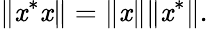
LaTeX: \| \mathit{x}^{*}\mathit{x}\| =\| \mathit{x}\| \| \mathit{x}^{*}\| .